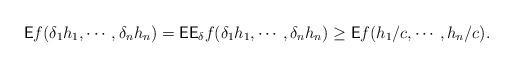
LaTeX: \begin{align*}\textsf{E}f(\delta_{1}h_{1},\cdots, \delta_{n}h_{n})=\textsf{E}\textsf{E}_{\delta}f(\delta_{1}h_{1},\cdots, \delta_{n}h_{n})\ge \textsf{E}f(h_{1}/c,\cdots, h_{n}/c).\end{align*}